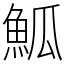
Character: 䱄